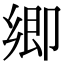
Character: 𭅼